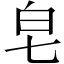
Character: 皂